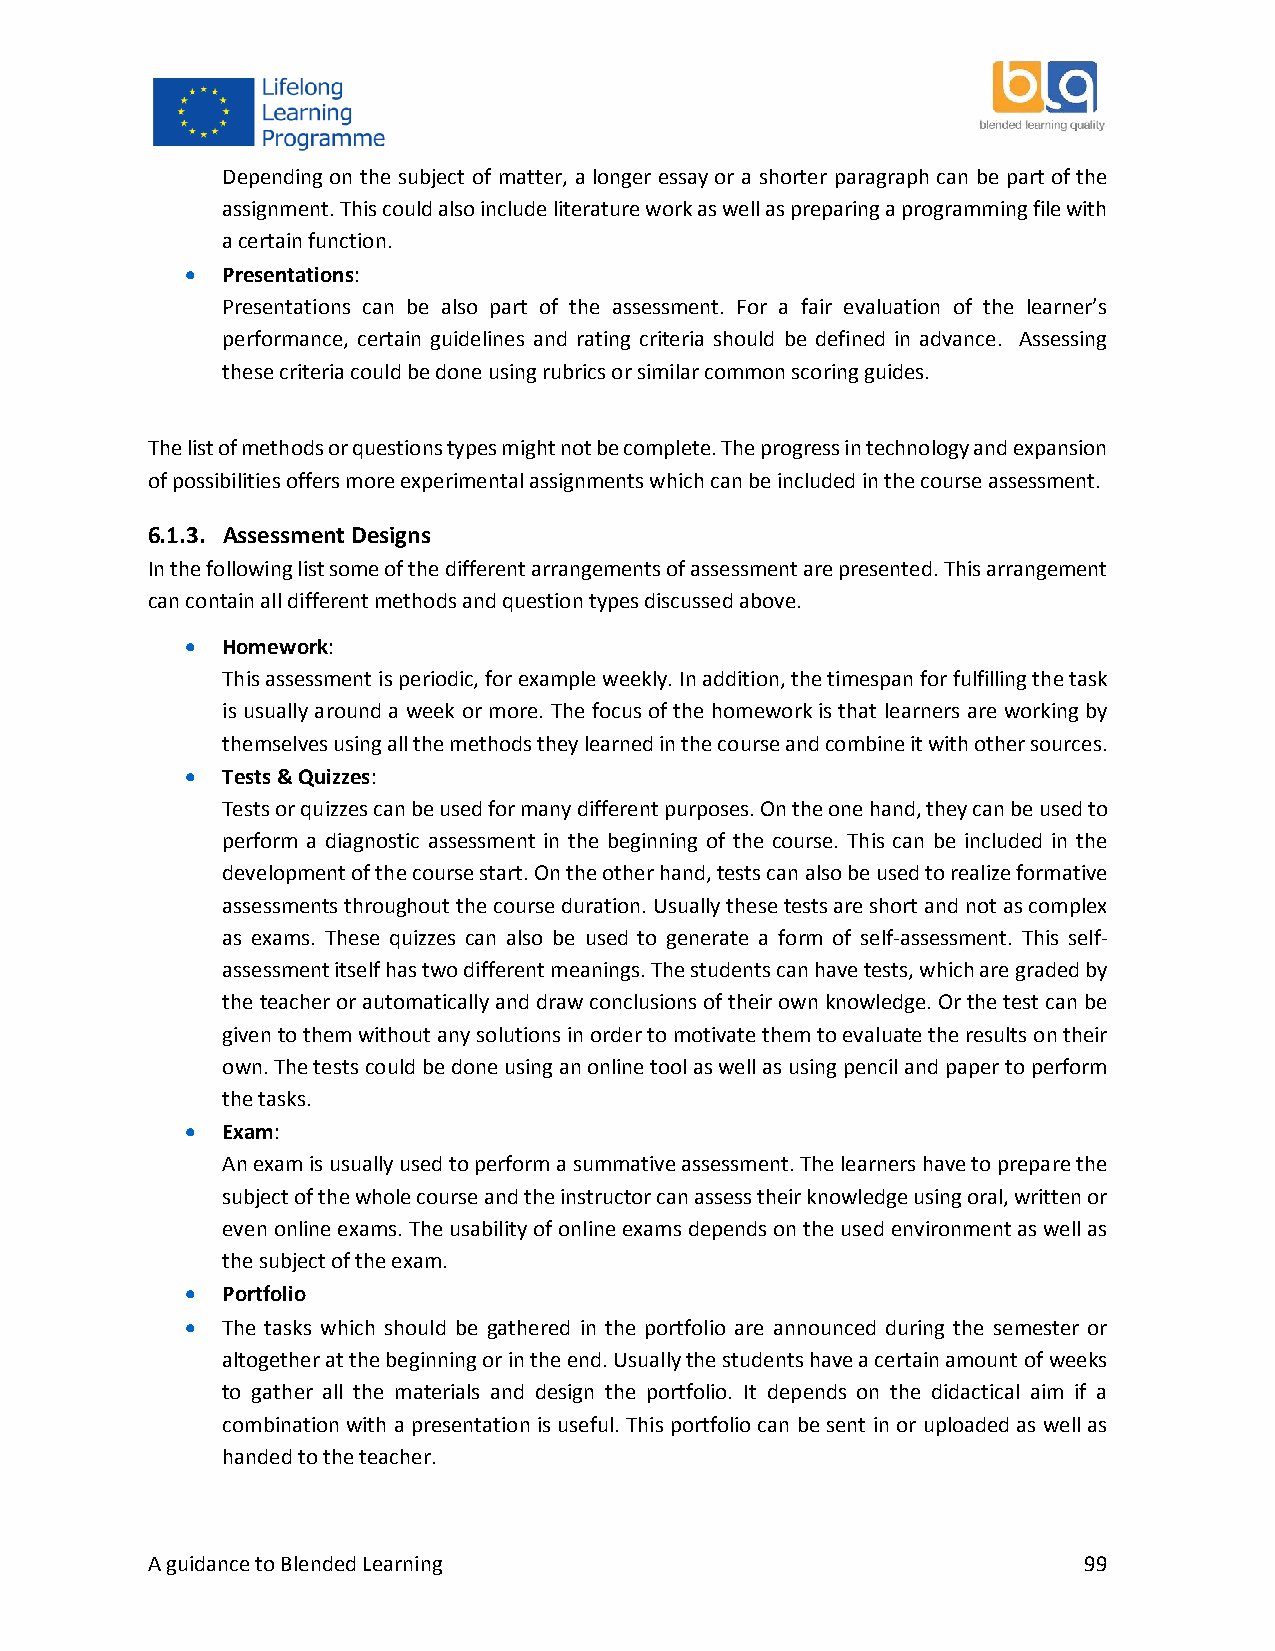
Depending on the subject of matter, a longer essay or a shorter paragraph can be part of the
 assignment. This could also include literature work as well as preparing a programming file with
 a certain function.
   Presentations:
 Presentations can be also part of the assessment. For a fair evaluation of the learner’s
 performance, certain guidelines and rating criteria should be defined in advance. Assessing
 these criteria could be done using rubrics or similar common scoring guides.
 The list of methods or questions types might not be complete. The progress in technology and expansion
 of possibilities offers more experimental assignments which can be included in the course assessment.
 6.1.3. Assessment Designs
 In the following list some of the different arrangements of assessment are presented. This arrangement
 can contain all different methods and question types discussed above.
   Homework:
 This assessment is periodic, for example weekly. In addition, the timespan for fulfilling the task
 is usually around a week or more. The focus of the homework is that learners are working by
 themselves using all the methods they learned in the course and combine it with other sources.
   Tests & Quizzes:
 Tests or quizzes can be used for many different purposes. On the one hand, they can be used to
 perform a diagnostic assessment in the beginning of the course. This can be included in the
 development of the course start. On the other hand, tests can also be used to realize formative
 assessments throughout the course duration. Usually these tests are short and not as complex
 as exams. These quizzes can also be used to generate a form of self-assessment. This self-
 assessment itself has two different meanings. The students can have tests, which are graded by
 the teacher or automatically and draw conclusions of their own knowledge. Or the test can be
 given to them without any solutions in order to motivate them to evaluate the results on their
 own. The tests could be done using an online tool as well as using pencil and paper to perform
 the tasks.
   Exam:
 An exam is usually used to perform a summative assessment. The learners have to prepare the
 subject of the whole course and the instructor can assess their knowledge using oral, written or
 even online exams. The usability of online exams depends on the used environment as well as
 the subject of the exam.
   Portfolio
   The tasks which should be gathered in the portfolio are announced during the semester or
 altogether at the beginning or in the end. Usually the students have a certain amount of weeks
 to gather all the materials and design the portfolio. It depends on the didactical aim if a
 combination with a presentation is useful. This portfolio can be sent in or uploaded as well as
 handed to the teacher.
 A guidance to Blended Learning                                99